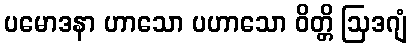
ပမောဒနာ ဟာသော ပဟာသော ဝိတ္တိ ဩဒဂျံ